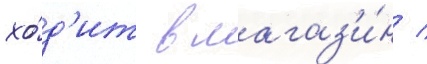
хо́д'ит в магаз'и́н /